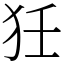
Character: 狅